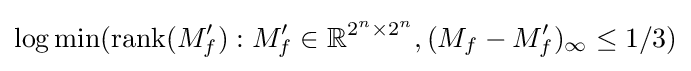
\log \min({\textrm {rank}}(M'_{f}):M'_{f}\in \mathbb {R} ^{2^{n}\times 2^{n}},(M_{f}-M'_{f})_{\infty }\leq 1/3)